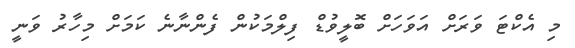
މި އެކްޓަ ވަރަށް އަވަހަށް ބޮލީވުޑް ފިލްމަކުން ފެންނާނެ ކަމަށް މިހާރު ވަނީ